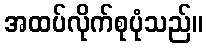
အထပ်လိုက်စုပုံသည်။